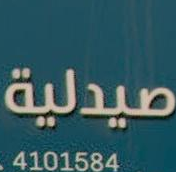
صيدلية